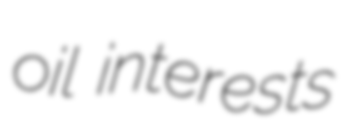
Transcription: oil interests